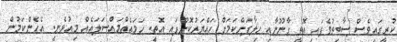
ކުރީގައިވެސް ސާބިތުވެފައި އޮތީ ގާނޫނާއި ހިލާފަށްކަމަށް ހައްޔަރުކޮށްފައި އޮތީ. ހަމައެއްމައްސަލައެއް މިއުޅެނީ. އެހެންކަމުން